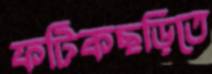
ফটিকছড়িতে